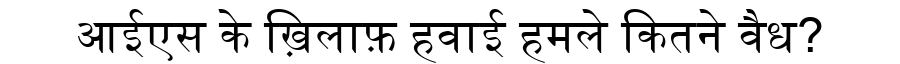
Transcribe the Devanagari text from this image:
आईएस के ख़िलाफ़ हवाई हमले कितने वैध?